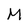
Character: M